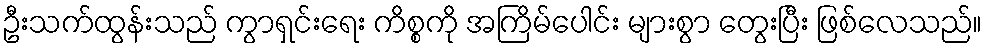
ဦးသက်ထွန်းသည် ကွာရှင်းရေး ကိစ္စကို အကြိမ်ပေါင်း များစွာ တွေးပြီး ဖြစ်လေသည်။